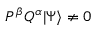
P ^ { \beta } Q ^ { \alpha } \vert \Psi \rangle \neq 0